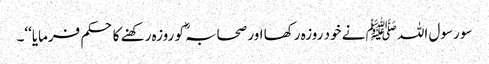
سو رسول اللہ ﷺ نے خود روزہ رکھا اور صحابہؓ کو روزہ رکھنے کا حکم فرمایا‘‘۔